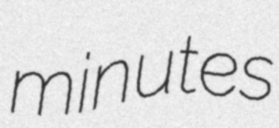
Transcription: minutes